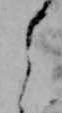
よ